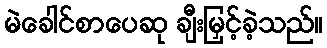
မဲခေါင်စာပေဆု ချီးမြှင့်ခဲ့သည်။